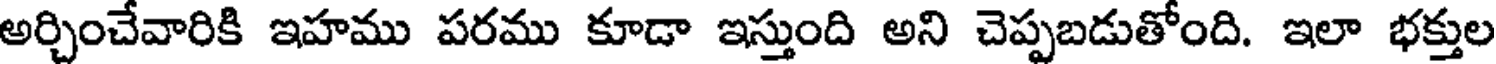
అర్చించేవారికి ఇహము పరము కూడా ఇస్తుంది అని చెప్పబడుతోంది. ఇలా భక్తుల